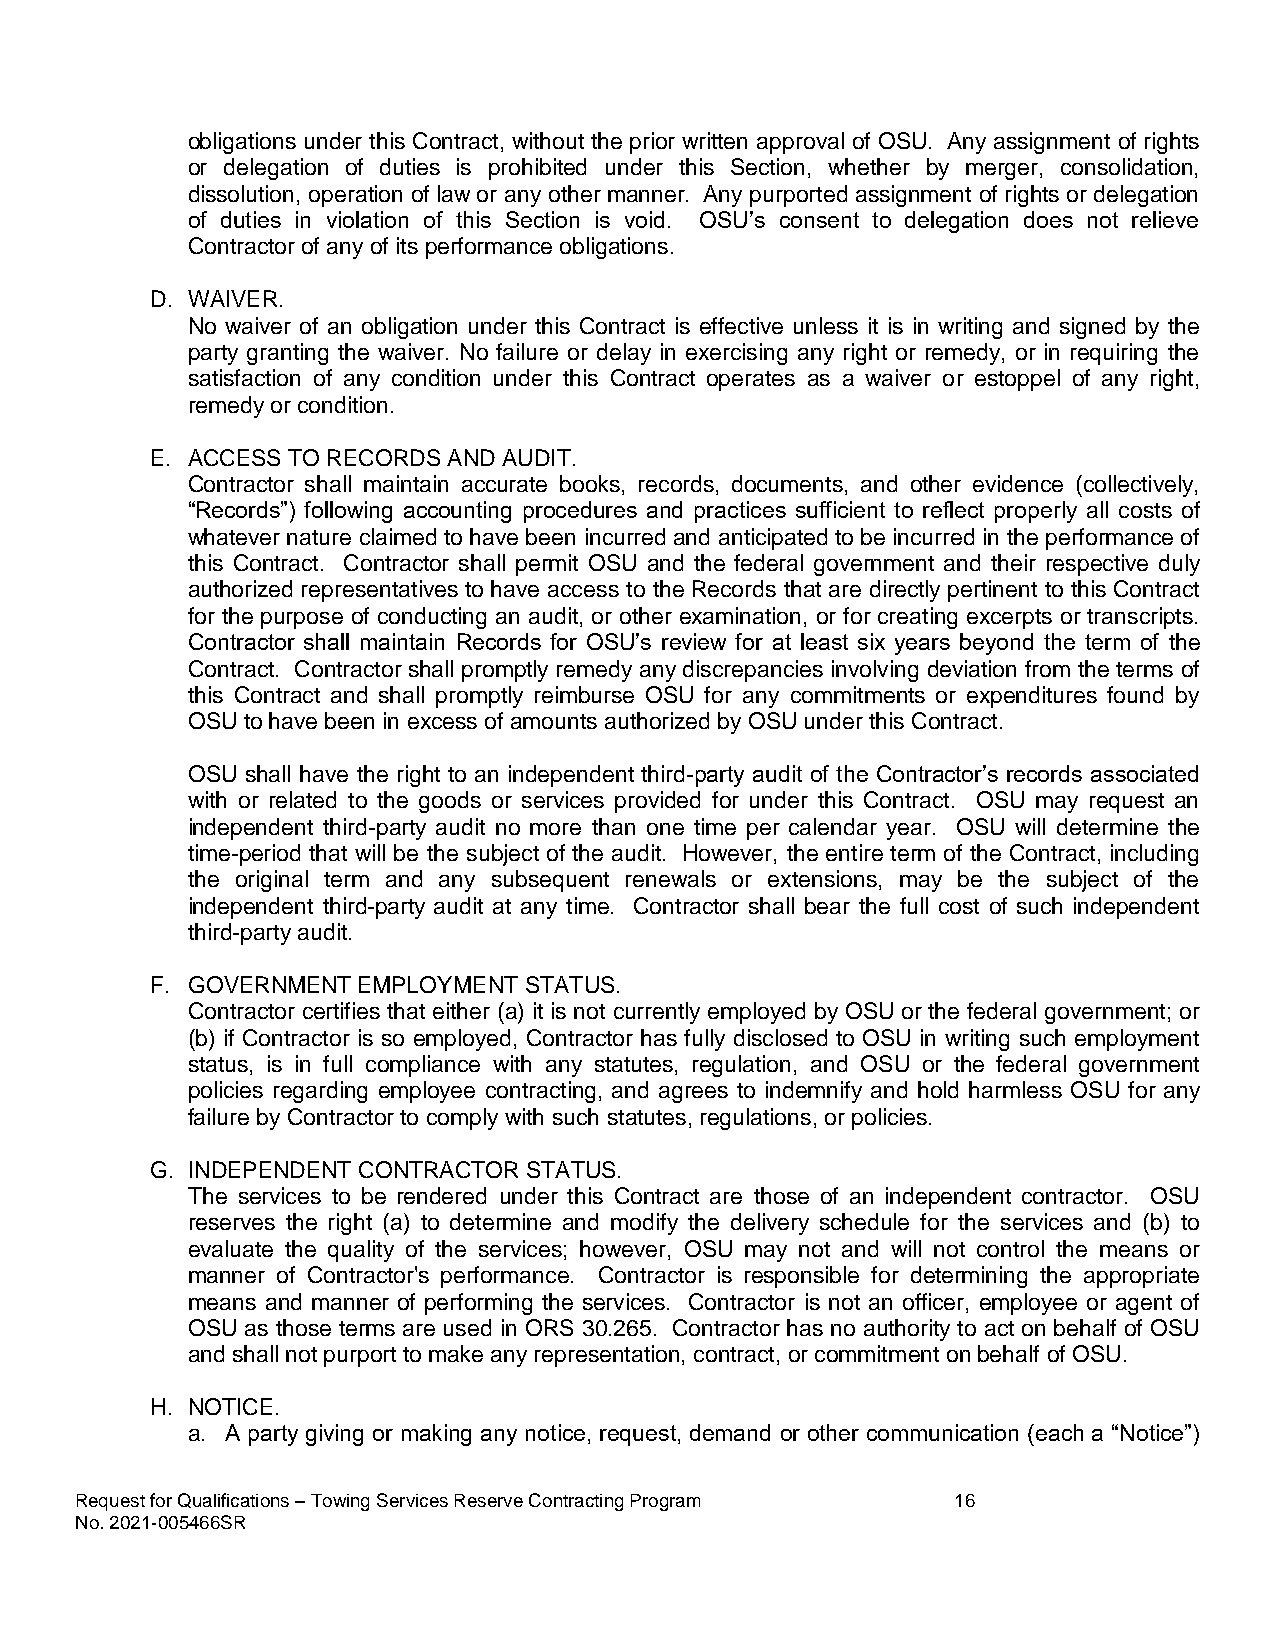
obligations under this Contract, without the prior written approval of OSU. Any assignment of rights
 or delegation of duties is prohibited under this Section, whether by merger, consolidation,
 dissolution, operation of law or any other manner. Any purported assignment of rights or delegation
 of duties in violation of this Section is void. OSU’s consent to delegation does not relieve
 Contractor of any of its performance obligations.
 D. WAIVER.
 No waiver of an obligation under this Contract is effective unless it is in writing and signed by the
 party granting the waiver. No failure or delay in exercising any right or remedy, or in requiring the
 satisfaction of any condition under this Contract operates as a waiver or estoppel of any right,
 remedy or condition.
 E. ACCESS TO RECORDS AND AUDIT.
 Contractor shall maintain accurate books, records, documents, and other evidence (collectively,
 “Records”) following accounting procedures and practices sufficient to reflect properly all costs of
 whatever nature claimed to have been incurred and anticipated to be incurred in the performance of
 this Contract. Contractor shall permit OSU and the federal government and their respective duly
 authorized representatives to have access to the Records that are directly pertinent to this Contract
 for the purpose of conducting an audit, or other examination, or for creating excerpts or transcripts.
 Contractor shall maintain Records for OSU’s review for at least six years beyond the term of the
 Contract. Contractor shall promptly remedy any discrepancies involving deviation from the terms of
 this Contract and shall promptly reimburse OSU for any commitments or expenditures found by
 OSU to have been in excess of amounts authorized by OSU under this Contract.
 OSU shall have the right to an independent third-party audit of the Contractor’s records associated
 with or related to the goods or services provided for under this Contract. OSU may request an
 independent third-party audit no more than one time per calendar year. OSU will determine the
 time-period that will be the subject of the audit. However, the entire term of the Contract, including
 the original term and any subsequent renewals or extensions, may be the subject of the
 independent third-party audit at any time. Contractor shall bear the full cost of such independent
 third-party audit.
 F. GOVERNMENT EMPLOYMENT STATUS.
 Contractor certifies that either (a) it is not currently employed by OSU or the federal government; or
 (b) if Contractor is so employed, Contractor has fully disclosed to OSU in writing such employment
 status, is in full compliance with any statutes, regulation, and OSU or the federal government
 policies regarding employee contracting, and agrees to indemnify and hold harmless OSU for any
 failure by Contractor to comply with such statutes, regulations, or policies.
 G. INDEPENDENT CONTRACTOR STATUS.
 The services to be rendered under this Contract are those of an independent contractor. OSU
 reserves the right (a) to determine and modify the delivery schedule for the services and (b) to
 evaluate the quality of the services; however, OSU may not and will not control the means or
 manner of Contractor's performance. Contractor is responsible for determining the appropriate
 means and manner of performing the services. Contractor is not an officer, employee or agent of
 OSU as those terms are used in ORS 30.265. Contractor has no authority to act on behalf of OSU
 and shall not purport to make any representation, contract, or commitment on behalf of OSU.
 H. NOTICE.
 a. A party giving or making any notice, request, demand or other communication (each a “Notice”)
 Request for Qualifications – Towing Services Reserve Contracting Program 16
 No. 2021-005466SR